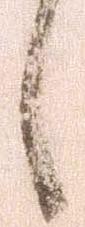
候